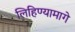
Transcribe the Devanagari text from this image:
लिहिण्यामागे